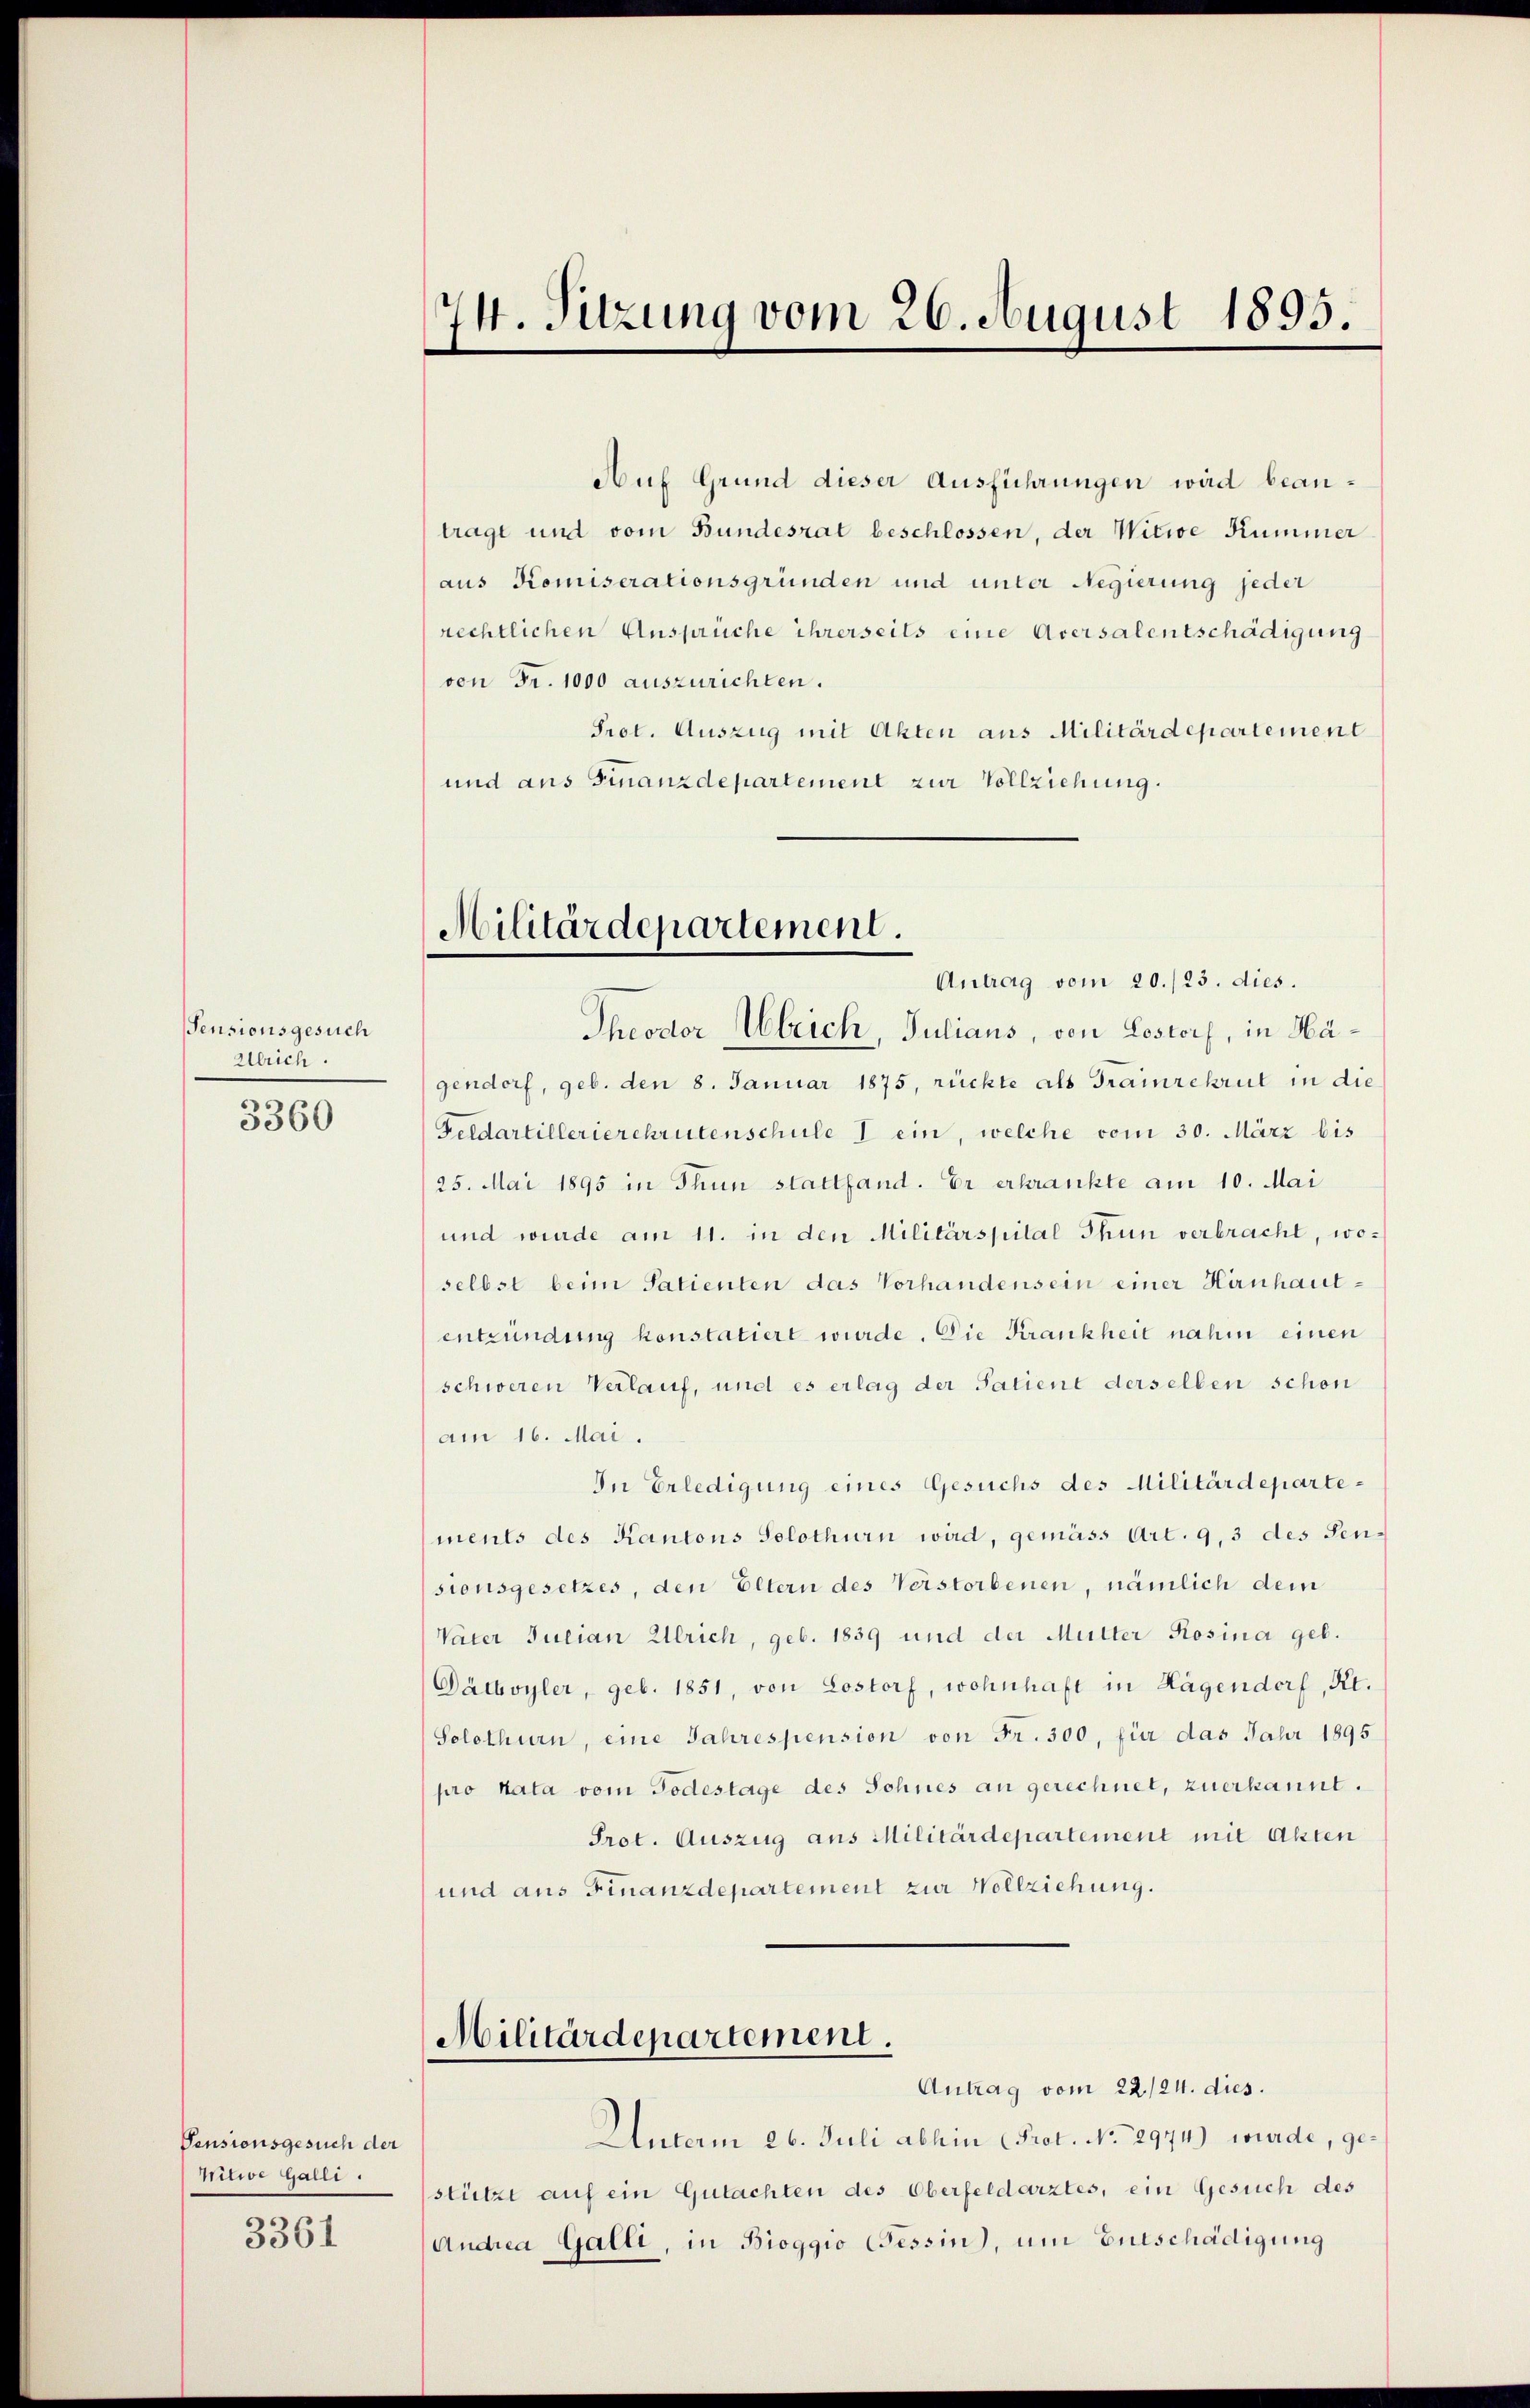
Pensionsgesuch
Ulrich.
3360

Pensionsgesuch der
sitor Galli

3361

74. Sitzung vom 26. August 1895.

Auf Grund dieser Ausführungen wird beantrage und vom Bundesrat beschlossen, der Witwe Kummer
aus Komiserationsgründen und unter Regierung jeder
rechtlichen Ansprüche ihrerseits eine Aversalentschädigung
von Fr. 1000 auszurichten.
Prot. Auszug mit Akten aus Militärdepartement
und aus Finanzdepartement zur Vollziehung.

Militärdepartement.
Theodor Ulrich, Julians, von Lostorf, in Hä¬

Antrag vom 20./23. dies.
gendorf, geb. den 8. Januar 1875, rückte als Trainrekrut in die
Feldartillerierekrutenschule I ein, welche vom 30. März bis
25. Mai 1895 in Thun stattfand. Er erkrankte am 10. Mai
und wurde am 11. in den Militärspital Thun verbracht, woselbst beim Satienten das Vorhandensein einer Hirnhautentzündung konstatiert wurde. Die Krankheit nahm einen
schweren Verlauf, und es erlag der Satient derselben schon
Am 16. Mai.
In Erledigung eines Gesuchs des Militärdepartements des Kantons Solothurn wird, gemäss Art. 9, 3 des Sensionsgesetzes, den Eltern des Verstorbenen, nämlich dem
Vater Julian Ulrich, geb. 1839 und der Mutter Rosina geb.
Dächvyler, geb. 1851, von Lostorf, wohnhaft in Hagendorf, Kt.
Solothurn, eine Jahrespension von Fr. 300, für das Jahr 1895
(pro rata vom Todestage des Sohnes an gerechnet, zuerkannt.
Prot. Auszug aus Militärdepartement mit Akten
und aus Finanzdepartement zur Vollziehung.
Militärdepartement.
Antrag vom 22/24. dies
Unterm 26. Juli abhin (Prot. No. 2974) wurde, gestützt auf ein Gutachten des Oberfeldarztes, ein Gesuch des
Andrea Galli, in Bioggio Cessin, um Entschädigung